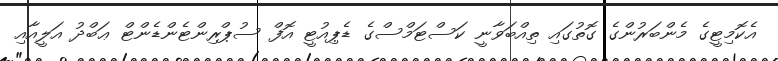
އެކޮމިޓީގެ މެންބަރުންގެ ގޮތުގައި ތިއްބަވާނީ ކަސްޓަމްސްގެ ޑެޕިއުޓީ އޮފް ސުޕްރިންޓެންޑެންޓް ޢަބްދު އަލީއާއި